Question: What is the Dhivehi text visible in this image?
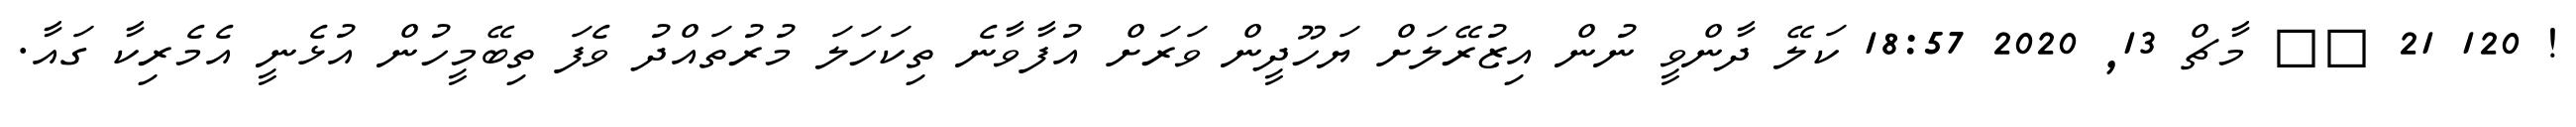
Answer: ! 120 21 ?? މާޗް 13, 2020 18:57 ކަލޭ ދާންވީ ނުން އިޒުރޭލަށް ޔަހޫދީން ވަރަށް އުފާވާނެ ތިކަހަލަ މުރުތައްދު ވެފަ ތިބޭމީހުން އުޅެނީ އެމެރިކާ ގައާ.